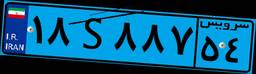
۰۳S۲۸۴۳۸